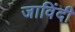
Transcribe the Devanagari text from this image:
जाविंदी